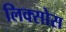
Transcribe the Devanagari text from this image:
लिक्सोस